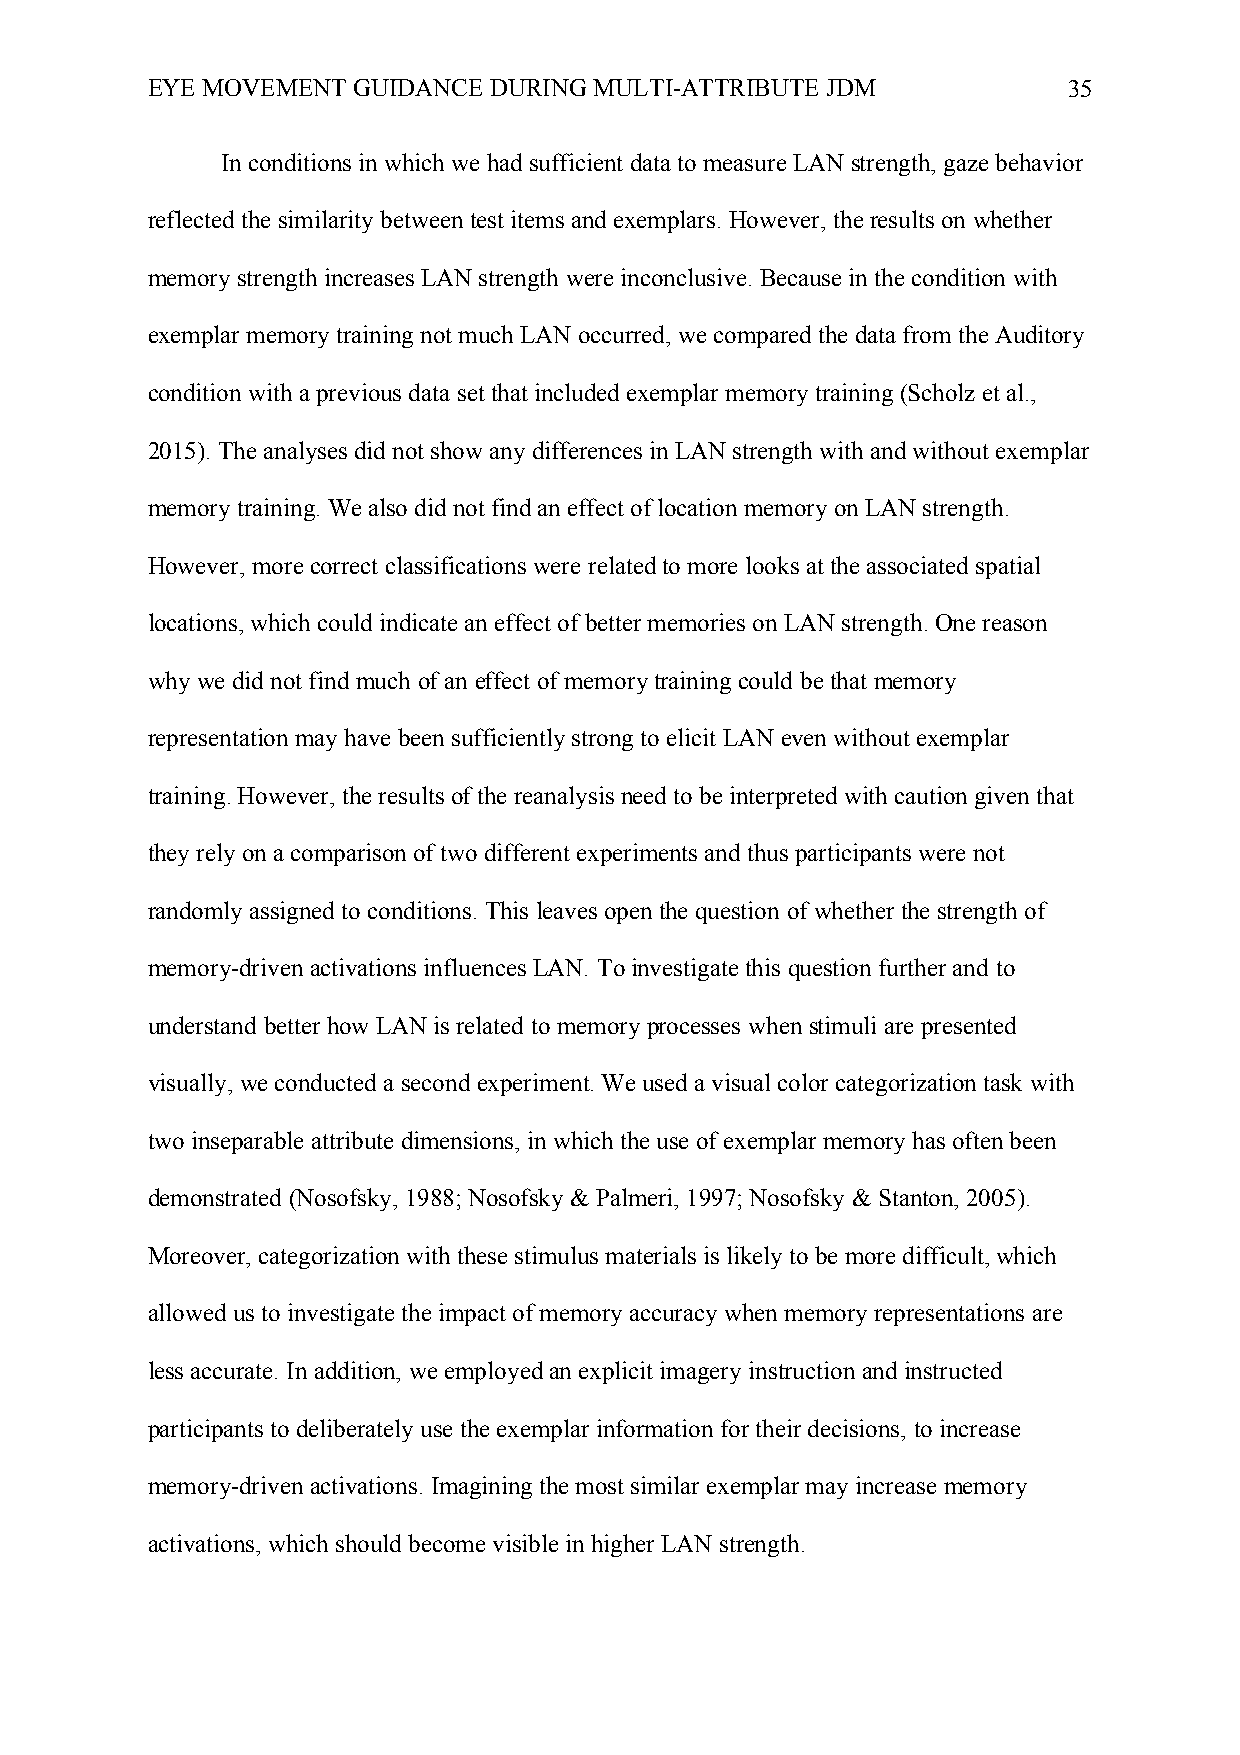
EYE MOVEMENT GUIDANCE DURING MULTI-ATTRIBUTE JDM             35
 In conditions in which we had sufficient data to measure LAN strength, gaze behavior
 reflected the similarity between test items and exemplars. However, the results on whether
 memory strength increases LAN strength were inconclusive. Because in the condition with
 exemplar memory training not much LAN occurred, we compared the data from the Auditory
 condition with a previous data set that included exemplar memory training (Scholz et al.,
 2015). The analyses did not show any differences in LAN strength with and without exemplar
 memory training. We also did not find an effect of location memory on LAN strength.
 However, more correct classifications were related to more looks at the associated spatial
 locations, which could indicate an effect of better memories on LAN strength. One reason
 why we did not find much of an effect of memory training could be that memory
 representation may have been sufficiently strong to elicit LAN even without exemplar
 training. However, the results of the reanalysis need to be interpreted with caution given that
 they rely on a comparison of two different experiments and thus participants were not
 randomly assigned to conditions. This leaves open the question of whether the strength of
 memory-driven activations influences LAN. To investigate this question further and to
 understand better how LAN is related to memory processes when stimuli are presented
 visually, we conducted a second experiment. We used a visual color categorization task with
 two inseparable attribute dimensions, in which the use of exemplar memory has often been
 demonstrated (Nosofsky, 1988; Nosofsky & Palmeri, 1997; Nosofsky & Stanton, 2005).
 Moreover, categorization with these stimulus materials is likely to be more difficult, which
 allowed us to investigate the impact of memory accuracy when memory representations are
 less accurate. In addition, we employed an explicit imagery instruction and instructed
 participants to deliberately use the exemplar information for their decisions, to increase
 memory-driven activations. Imagining the most similar exemplar may increase memory
 activations, which should become visible in higher LAN strength.